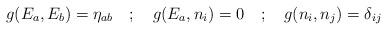
LaTeX: \begin{align*}g(E_{a}, E_{b}) = {\eta}_{ab} \quad;\quad g(E_{a},n_{i}) = 0 \quad;\quad g(n_{i},n_{j}) = {\delta}_{ij}\end{align*}